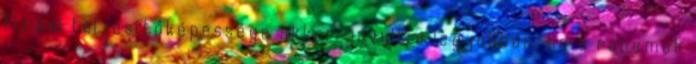
fizikai teljesítőképessége akkor javult a legjobban, ha a rohamot